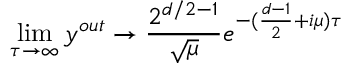
\operatorname * { l i m } _ { \tau \rightarrow \infty } y ^ { o u t } \rightarrow \frac { 2 ^ { d / 2 - 1 } } { \sqrt { \mu } } e ^ { - ( \frac { d - 1 } { 2 } + i \mu ) \tau }